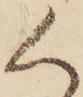
く